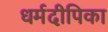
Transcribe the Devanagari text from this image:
धर्मदीपिका